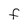
Character: F